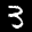
Label: 3